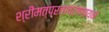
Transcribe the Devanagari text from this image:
श्रीमत्प्रतापराणायनं